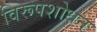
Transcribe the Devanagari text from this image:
विरूपशोधन